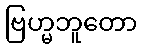
ဗြဟ္မဘူတော